Annual report on the working of the mental hospitals in the Madras Presidency - 1912-1932
Year: 1912
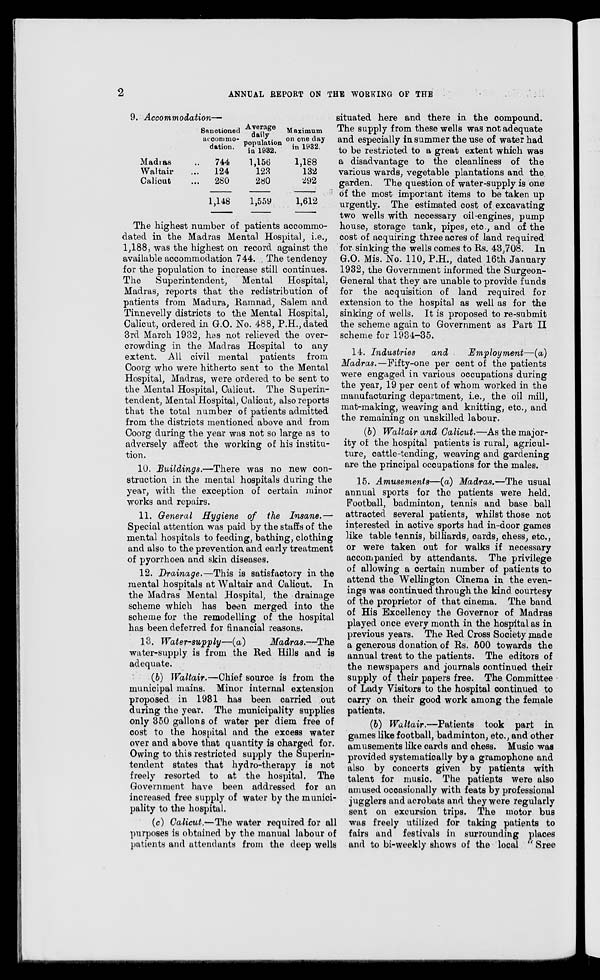
2
ANNUAL REPORT ON THE WORKING OF THE
9. Accommodation—
Madras ...
Waltair ...
Calicut ...
Sanctioned
accommo-
dation.
744
124
280
1,148
Average
daily
population
in 1932.
1,156
123
280
1,559
Maximum
on one day
in 1932.
1,188
132
292
1,612
The highest number of patients accommo-
dated in the Madras Mental Hospital, i.e.,
1,188, was the highest on record against the
available accommodation 744. The tendency
for the population to increase still continues.
The
Superintendent,
Mental
Hospital,
Madras, reports that the redistribution of
patients from Madura, Ramnad, Salem and
Tinnevelly districts to the Mental Hospital,
Calicut, ordered in G.O. No. 488, P.H., dated
3rd March 1932, has not relieved the over-
crowding in the Madras Hospital to any
extent. All civil mental patients from
Coorg who were hitherto sent to the Mental
Hospital, Madras, were ordered to be sent to
the Mental Hospital, Calicut. The Superin-
tendent, Mental Hospital, Calicut, also reports
that the total number of patients admitted
from the districts mentioned above and from
Coorg during the year was not so large as to
adversely affect the working of his institu-
tion.
10. Buildings.—There
was no new con-
struction in the mental hospitals during the
year, with the exception of certain minor
works and repairs.
11. General Hygiene of the Insane.—
Special attention was paid by the staffs of the
mental hospitals to feeding, bathing, clothing
and also to the prevention and early treatment
of pyorrhoea and skin diseases.
12. Drainage.—This is satisfactory in the
mental hospitals at Waltair and Calicut. In
the Madras Mental Hospital, the drainage
scheme which has been merged into the
scheme for the remodelling of the hospital
has been deferred for financial reasons.
13. Water-supply—(a)
Madras.—The
water-supply is from the Red Hills and is
adequate.
(b) Waltair.—Chief source is from the
municipal mains. Minor internal extension
proposed in 1981 has been carried out
during the year. The municipality supplies
only 350 gallons of water per diem free of
cost to the hospital and the excess water
over and above that quantity is charged for.
Owing to this restricted supply the Superin-
tendent states that hydro-therapy is not
freely resorted to at the hospital. The
Government have been addressed for an
increased free supply of water by the munici-
pality to the hospital.
(c) Calicut.—The water required for all
purposes is obtained by the manual labour of
patients and attendants from the deep wells
situated here and there in the compound.
The supply from these wells was not adequate
and especially in summer the use of water had
to be restricted to a great extent which was
a disadvantage to the cleanliness of the
various wards, vegetable plantations and the
garden. The question of water-supply is one
of the most important items to be taken up
urgently. The estimated cost of excavating
two wells with necessary oil-engines, pump
house, storage tank, pipes, etc., and of the
cost of acquiring three acres of land required
for sinking the wells comes to Rs. 43,708. In
G.O. Mis. No. 110, P.H., dated 16th January
1932, the Government informed the Surgeon-
General that they are unable to provide funds
for the acquisition of land required for
extension to the hospital as well as for the
sinking of wells. It is proposed to re-submit
the scheme again to Government as Part II
scheme for 1934-35.
14. Industries
and
Employment—(a)
Madras.—Fifty-one per cent of the patients
were engaged in various occupations during
the year, 19 per cent of whom worked in the
manufacturing department, i.e., the oil mill,
mat-making, weaving and knitting, etc., and
the remaining on unskilled labour.
(b) Waltair and Calicut.—As the major-
ity of the hospital patients is rural, agricul-
ture, cattle-tending, weaving and gardening
are the principal occupations for the males.
15. Amusements—(a) Madras.—The usual
annual sports for the patients were held.
Football, badminton, tennis and base ball
attracted several patients, whilst those not
interested in active sports had in-door games
like table tennis, billiards, cards, chess, etc.,
or were taken out for walks if necessary
accompanied by attendants. The privilege
of allowing a certain number of patients to
attend the Wellington Cinema in the even-
ings was continued through the kind courtesy
of the proprietor of that cinema. The band
of His Excellency the Governor of Madras
played once every month in the hospital as in
previous years. The Red Cross Society made
a generous donation of Rs. 500 towards the
annual treat to the patients. The editors of
the newspapers and journals continued their
supply of their papers free. The Committee
of Lady Visitors to the hospital continued to
carry on their good work among the female
patients.
(b) Waltair.—Patients
took part in
games like football, badminton, etc., and other
amusements like cards and chess. Music was
provided systematically by a gramophone and
also by concerts given by patients with
talent for music. The patients were also
amused occasionally with feats by professional
jugglers and acrobats and they were regularly
sent on excursion trips. The motor bus
was freely utilized for taking patients to
fairs and festivals in surrounding places
and to bi-weekly shows of the local " Sree